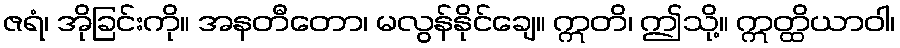
ဇရံ၊ အိုခြင်းကို။ အနတီတော၊ မလွန်နိုင်ချေ။ ဣတိ၊ ဤသို့။ ဣတ္ထိယာဝါ၊